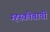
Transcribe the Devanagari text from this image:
म्ह्स्कोबाची